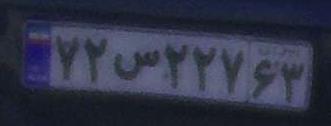
۷۲س۲۲۷۶۳